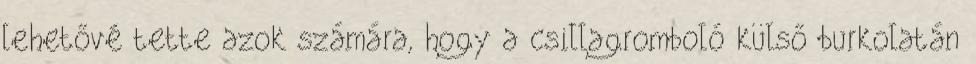
lehetővé tette azok számára, hogy a csillagromboló külső burkolatán